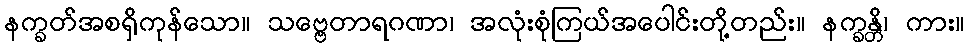
နက္ခတ်အစရှိကုန်သော။ သဗ္ဗေတာရဂဏာ၊ အလုံးစုံကြယ်အပေါင်းတို့တည်း။ နက္ခန္တိ၊ ကား။